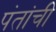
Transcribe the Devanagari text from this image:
पंतांची